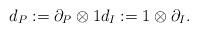
LaTeX: \begin{align*}d_{P} := \partial_{P} \otimes 1 d_{I} := 1\otimes \partial_{I}.\end{align*}